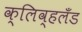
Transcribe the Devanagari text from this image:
क्लिव्हलँड